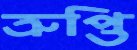
ত্রুপ্তি